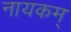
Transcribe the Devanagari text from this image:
नायकम्‌